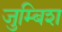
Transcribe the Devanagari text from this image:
जुम्बिश